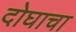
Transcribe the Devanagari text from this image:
दोघाचा